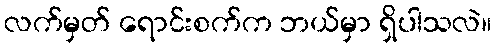
လက်မှတ် ရောင်းစက်က ဘယ်မှာ ရှိပါသလဲ။